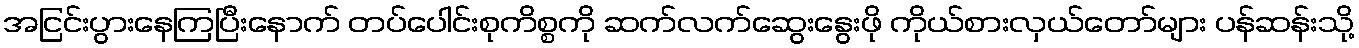
အငြင်းပွားနေကြပြီးနောက် တပ်ပေါင်းစုကိစ္စကို ဆက်လက်ဆွေးနွေးဖို ကိုယ်စားလှယ်တော်များ ပန်ဆန်းသို့